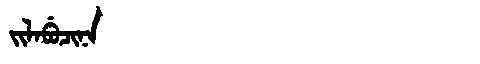
Manchu: ᠵᡳᠯᠠᠪᡠᠴᡳᠨᠠ
Romanization: JILABUCINA